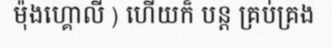
ម៉ុងហ្គោលី ) ហើយក៏ បន្ត គ្រប់គ្រង